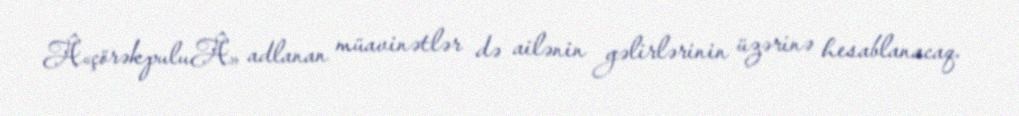
Â«çörəkpuluÂ» adlanan müavinətlər də ailənin gəlirlərinin üzərinə hesablanacaq.